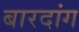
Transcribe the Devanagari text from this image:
बारदांग